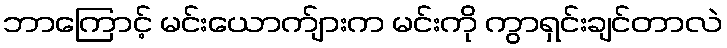
ဘာကြောင့် မင်းယောက်ျားက မင်းကို ကွာရှင်းချင်တာလဲ